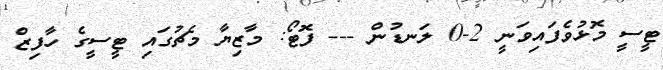
ޓީސީ މޮޅުވެފައިވަނީ 2-0 ލަނޑުން --- ފޮޓޯ: މާޒިޔާ މެޗުގައި ޓީސީގެ ހާފިޒް